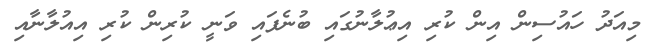
މިއަދު ހައުސިން އިން ކުރި އިޢުލާނުގައި ބުނެފައި ވަނީ ކުރިން ކުރި އިއުލާނާއި